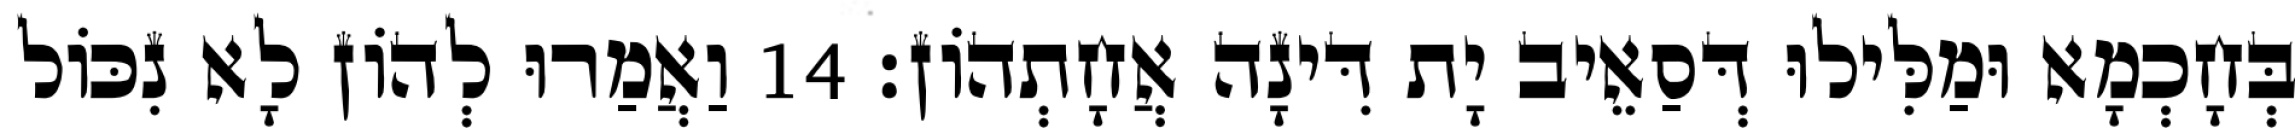
בְּחָכְמָא וּמַלִּילוּ דְּסַאֵיב יָת דִּינָה אֲחָתְהוֹן׃ 14 וַאֲמַרוּ לְהוֹן לָא נִכּוֹל